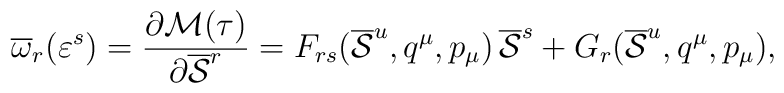
\overline{\omega}_r(\varepsilon^s) = {{\partial {\cal M}(\tau )}\over {\partial \overline{\cal S}^r}} = F_{rs}(\overline{\cal S}^u, q^{\mu}, p_{\mu})\, \overline{\cal S}^s + G_r(\overline{\cal S}^u, q^{\mu}, p_{\mu}),